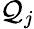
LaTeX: \mathcal{Q}_{j}